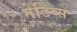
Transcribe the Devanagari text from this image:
नेटिव्स